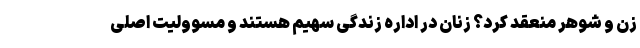
زن و شوهر منعقد کرد؟ زنان در اداره زندگی سهیم هستند و مسوولیت اصلی